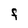
Character: F